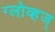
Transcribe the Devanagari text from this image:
ग्लोव्हज्